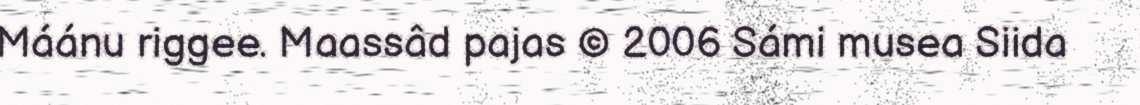
Máánu riggee. Maassâd pajas © 2006 Sámi musea Siida